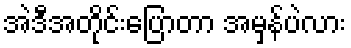
အဲဒီအတိုင်းပြောတာ အမှန်ပဲလား